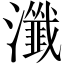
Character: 瀸